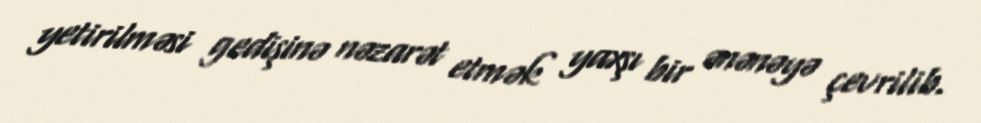
yetirilməsi gedişinə nəzarət etmək yaxşı bir ənənəyə çevrilib.